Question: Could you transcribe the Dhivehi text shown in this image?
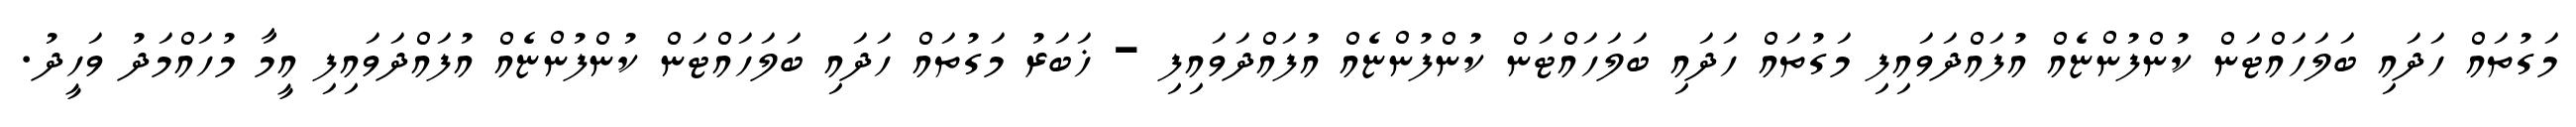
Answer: މަގުތައް ހަދައި ބަލަހައްޓަން ކުންފުންޏެއް އުފައްދަވައިފި މަގުތައް ހަދައި ބަލަހައްޓަން ކުންފުންޏެއް އުފައްދަވައިފި - ޚަބަރު މަގުތައް ހަދައި ބަލަހައްޓަން ކުންފުންޏެއް އުފައްދަވައިފި އީމާ މުހައްމަދު ވަހީދު.